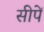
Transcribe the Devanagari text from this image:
सीपें